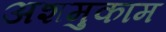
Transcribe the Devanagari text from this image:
अशमुकाम